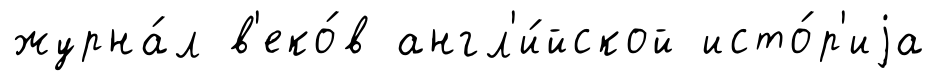
журна́л в'еко́в англ'и́йской исто́р'иjа